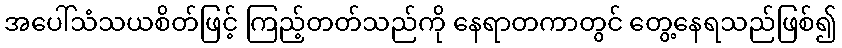
အပေါ်သံသယစိတ်ဖြင့် ကြည့်တတ်သည်ကို နေရာတကာတွင် တွေ့နေရသည်ဖြစ်၍